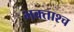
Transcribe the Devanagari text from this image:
भक्ताश्च